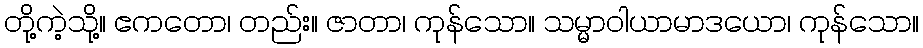
တို့ကဲ့သို့။ ဧကတော၊ တည်း။ ဇာတာ၊ ကုန်သော။ သမ္မာဝါယာမာဒယော၊ ကုန်သော။